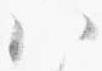
八